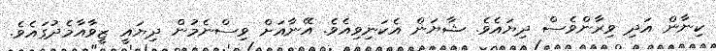
ކިނާން އަދި ވިރާންވެސް ދިޔައެވެ. ޝާޔަން އެކަނިވިއެވެ. އޭނާއަށް ވިސްނެމުން ދިޔައީ ޒީވާއާމެދުގައެވެ.